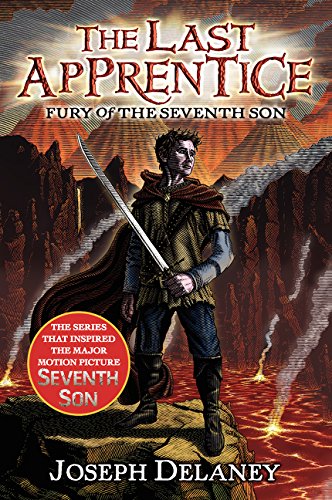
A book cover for The Last Apprentice: Fury of the Seventh Son (Book 13); Joseph Delaney; Teen & Young Adult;